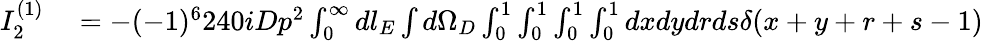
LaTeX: \begin{array}{rl}{I_{2}^{(1)}}&{{}=-(-1)^{6}240iDp^{2}\int_{0}^{\infty}dl_{E}\int d\Omega_{D}\int_{0}^{1}\int_{0}^{1}\int_{0}^{1}\int_{0}^{1}dxdydrds\delta(x+y+r+s-1)}\end{array}